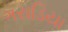
ગરાડિયા